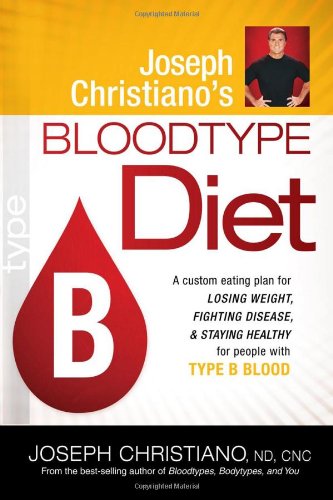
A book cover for Joseph Christiano's Bloodtype Diet B: A Custom Eating Plan for Losing Weight, Fighting Disease & Staying Healthy for People with Type B Blood; Joseph Christiano; Health, Fitness & Dieting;